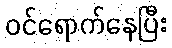
ဝင်ရောက်နေပြီး